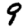
Digit: 9